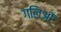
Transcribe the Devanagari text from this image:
गलिओं